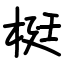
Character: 梃